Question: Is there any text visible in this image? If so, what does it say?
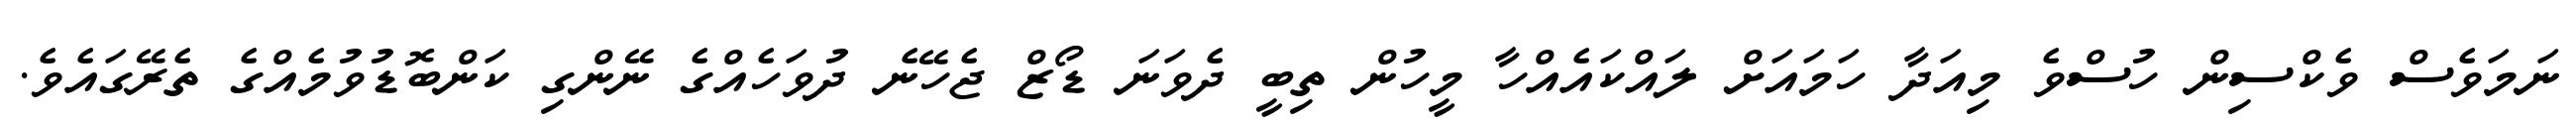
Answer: ނަމަވެސް ވެކްސިން ހުސްވެ މިއަދާ ހަމައަށް ލައްކައެއްހާ މީހުން ތިބީ ދެވަނަ ޑޯޒް ޖެހޭނެ ދުވަހެއްގެ ނޭންގި ކަންބޮޑުވުމެއްގެ ތެރޭގައެވެ.